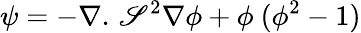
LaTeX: \psi=-\nabla.\, {\mathscr{S}^{2}}\nabla\phi+{\phi^{}}\, ({\phi^{2}}-1)